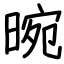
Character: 晼